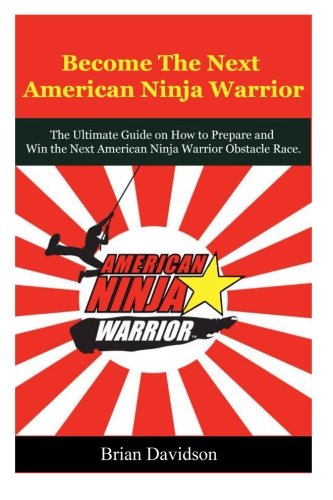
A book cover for Become the next American Ninja Warrior: The Ultimate Guide on how to Prepare and Win the next American Ninja Warrior Obstacle Race (American Ninja ... Competition, Obstacle Course Race, Sasuke); Brian Davidson; Health, Fitness & Dieting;